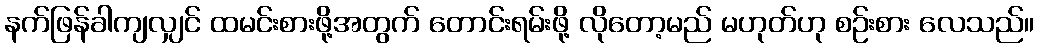
နက်ဖြန်ခါကျလျှင် ထမင်းစားဖို့အတွက် တောင်းရမ်းဖို့ လိုတော့မည် မဟုတ်ဟု စဉ်းစား လေသည်။